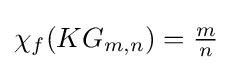
\chi _{f}(KG_{m,n})={\tfrac {m}{n}}